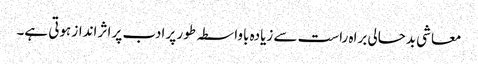
معاشی بدحالی براہ راست سے زیادہ باواسطہ طور پر ادب پر اثر انداز ہوتی ہے۔